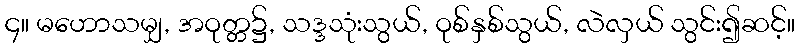
၄။ မဟောသမျှ, အဝုတ္တ၌, သဒ္ဒသုံးသွယ်, ဝုစ်နှစ်သွယ်, လဲလှယ် သွင်း၍ဆင့်။